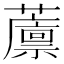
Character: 䕲